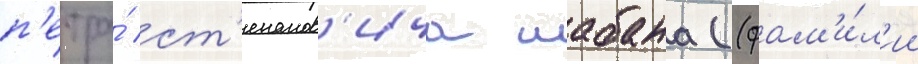
п'етра́ ст'епанов'ича шабана ((фам'и́л'ии